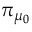
\pi _ { \mu _ { 0 } }